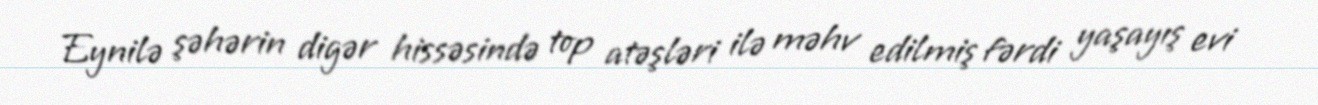
Eynilə şəhərin digər hissəsində top atəşləri ilə məhv edilmiş fərdi yaşayış evi